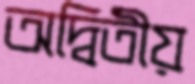
অদ্বিতীয়